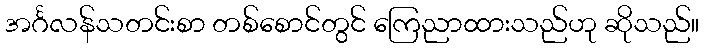
အင်္ဂလန်သတင်းစာ တစ်စောင်တွင် ကြေညာထားသည်ဟု ဆိုသည်။